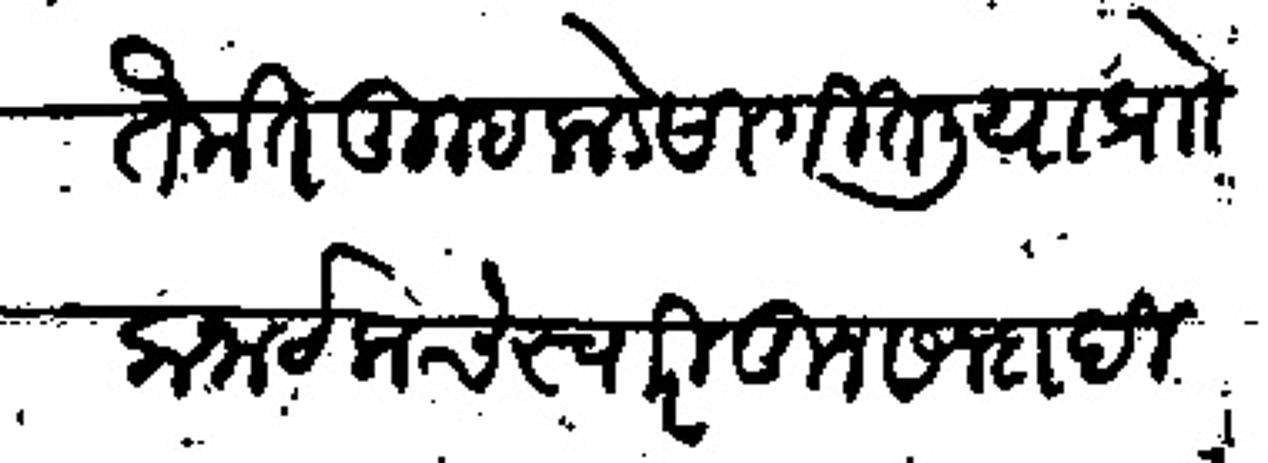
Transliteration (Devanagari): तैनात तुम्हाकडे सांगितली या प्रो कर्नाटकचे स्वारीतून सनदा दिल्ह्या